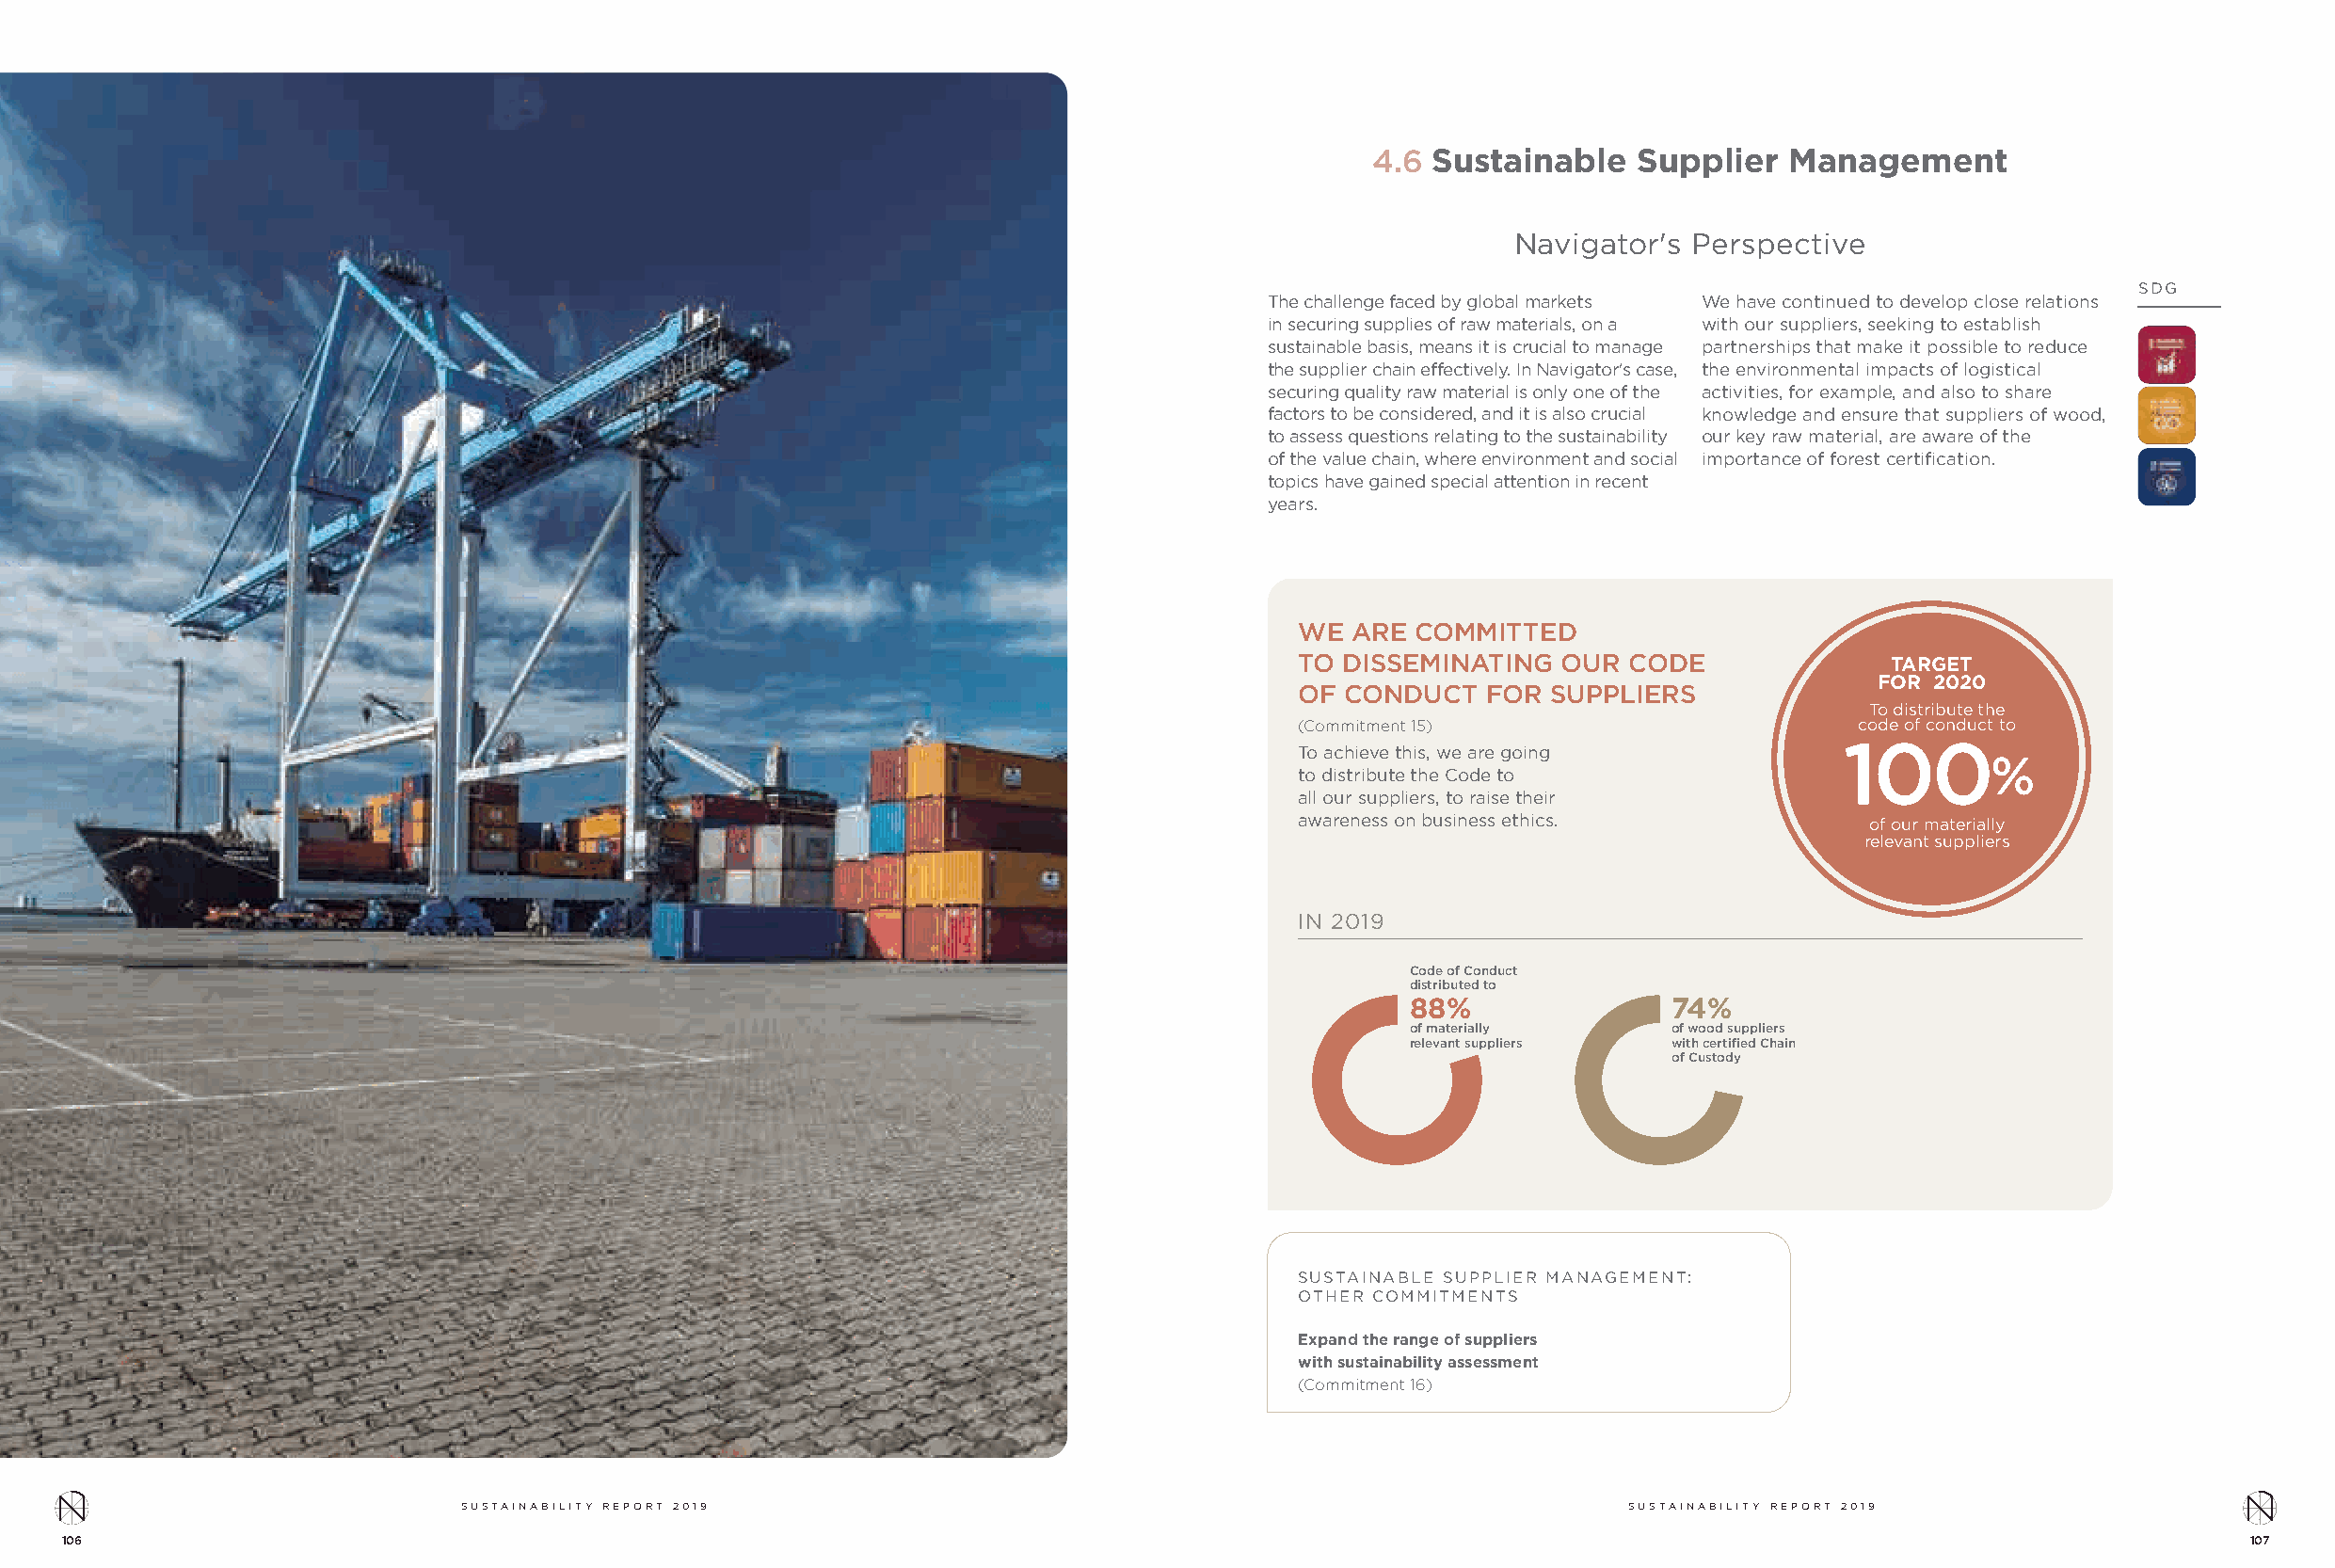
4.6  Sustainable   Supplier   Management
 Navigator's Perspective
 SDG
 The challenge faced by global markets We have continued to develop close relations
 in securing supplies of raw materials, on a with our suppliers, seeking to establish
 sustainable basis, means it is crucial to manage partnerships that make it possible to reduce
 the supplier chain effectively. In Navigator's case, the environmental impacts of logistical
 securing quality raw material is only one of the activities, for example, and also to share
 factors to be considered, and it is also crucial knowledge and ensure that suppliers of wood,
 to assess questions relating to the sustainability our key raw material, are aware of the
 of the value chain, where environment and social importance of forest certification.
 topics have gained special attention in recent
 years.
 WE  ARE COMMITTED
 TO DISSEMINATING   OUR  CODE              TARGET
 FOR 2020
 OF  CONDUCT   FOR SUPPLIERS
 To distribute the
 (Commitment 15)                         code of conduct to
 100
 To achieve this, we are going
 %
 to distribute the Code to
 all our suppliers, to raise their
 awareness on business ethics.           of our materially
 relevant suppliers
 IN 2019
 Code of Conduct
 distributed to
 88%                74%
 of materially      of wood suppliers
 relevant suppliers with certified Chain
 of Custody
 SUSTAINABLE SUPPLIER MANAGEMENT:
 OTHER COMMITMENTS
 Expand the range of suppliers
 with sustainability assessment
 (Commitment 16)
 SUSTAINABILITY REPORT 2019                                                         SUSTAINABILITY REPORT 2019
 106                                                                                                                                                       107